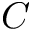
C